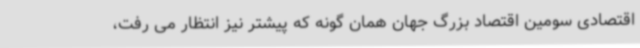
اقتصادی سومین اقتصاد بزرگ جهان همان گونه که پیشتر نیز انتظار می رفت،